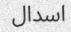
اسدال